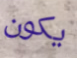
يكون